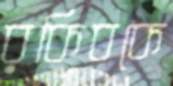
রকিবকে